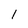
Character: 1